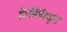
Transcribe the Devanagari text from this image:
निर्विषीकृत